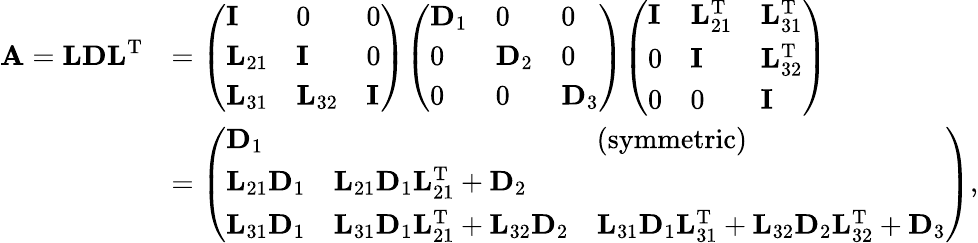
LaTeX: {\begin{array}{rl}{\mathbf{A}=\mathbf{LDL}^{\mathrm{T}}}&{={\left(\begin{array}{lll}{\mathbf{I}}&{0}&{0}\\ {\mathbf{L}_{21}}&{\mathbf{I}}&{0}\\ {\mathbf{L}_{31}}&{\mathbf{L}_{32}}&{\mathbf{I}}\end{array}\right)}{\left(\begin{array}{lll}{\mathbf{D}_{1}}&{0}&{0}\\ {0}&{\mathbf{D}_{2}}&{0}\\ {0}&{0}&{\mathbf{D}_{3}}\end{array}\right)}{\left(\begin{array}{lll}{\mathbf{I}}&{\mathbf{L}_{21}^{\mathrm{T}}}&{\mathbf{L}_{31}^{\mathrm{T}}}\\ {0}&{\mathbf{I}}&{\mathbf{L}_{32}^{\mathrm{T}}}\\ {0}&{0}&{\mathbf{I}}\end{array}\right)}}\\ &{={\left(\begin{array}{lll}{\mathbf{D}_{1}}&&{(\mathrm{symmetric})}\\ {\mathbf{L}_{21}\mathbf{D}_{1}}&{\mathbf{L}_{21}\mathbf{D}_{1}\mathbf{L}_{21}^{\mathrm{T}}+\mathbf{D}_{2}}&\\ {\mathbf{L}_{31}\mathbf{D}_{1}}&{\mathbf{L}_{31}\mathbf{D}_{1}\mathbf{L}_{21}^{\mathrm{T}}+\mathbf{L}_{32}\mathbf{D}_{2}}&{\mathbf{L}_{31}\mathbf{D}_{1}\mathbf{L}_{31}^{\mathrm{T}}+\mathbf{L}_{32}\mathbf{D}_{2}\mathbf{L}_{32}^{\mathrm{T}}+\mathbf{D}_{3}}\end{array}\right)},}\end{array}}